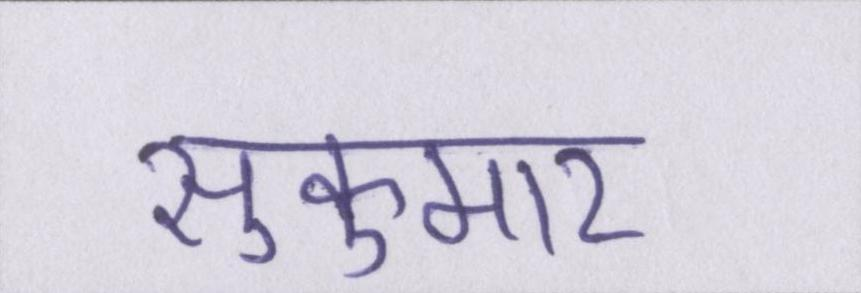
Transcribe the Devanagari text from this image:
सुकुमार